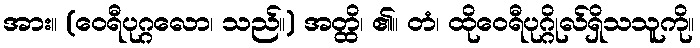
အား။ (ဝေရီပုဂ္ဂလော၊ သည်။) အတ္ထိ၊ ၏။ တံ၊ ထိုဝေရီပုဂ္ဂိုလ်ရှိသသူကို။